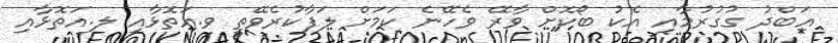
އަބްދު ގުގުރުމާއި އެކު ބޯކޮށް ވާރޭ ވެހޭނެ ކަމަށް ލަފާކުރެވޭތީ ވ.އަތޮޅާއި ލ.އަތޮޅާއި